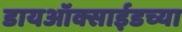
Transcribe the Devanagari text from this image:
डायऑक्साईडच्या